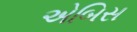
એબિસ